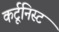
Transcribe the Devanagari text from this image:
कर्टूनिस्ट